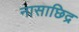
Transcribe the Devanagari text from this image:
नासाछिद्र